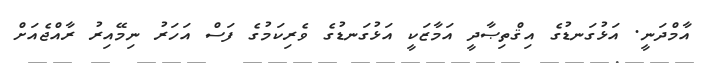
އާމްދަނީ. އަޅުގަނޑުގެ އިޤްތިޞާދީ އަމާޒަކީ އަޅުގަނޑުގެ ވެރިކަމުގެ ފަސް އަހަރު ނިމޭއިރު ރާއްޖެއަށް